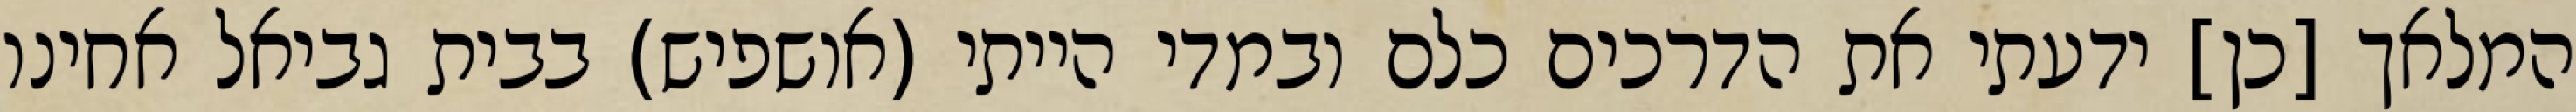
המלאך [כן] ידעתי את הדרכים כלם ובמדי הייתי (אושפיש) בבית גביאל אחינו